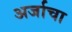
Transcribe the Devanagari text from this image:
अर्जाचा